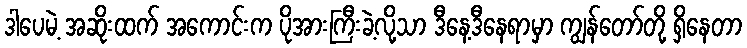
ဒါပေမဲ့ အဆိုးထက် အကောင်းက ပိုအားကြီးခဲ့လို့သာ ဒီနေ့ဒီနေရာမှာ ကျွန်တော်တို့ ရှိနေတာ